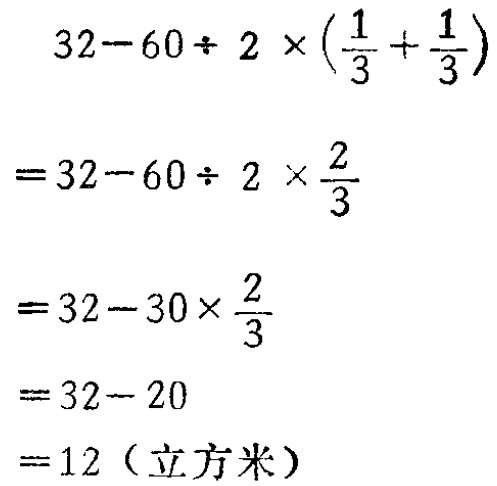
\[

\begin{align*}

&32 - 60\div2\times(\frac{1}{3}+\frac{1}{3})\\

=&32 - 60\div2\times\frac{2}{3}\\

=&32 - 30\times\frac{2}{3}\\

=&32 - 20\\

=&12（立方米）

\end{align*}

\]